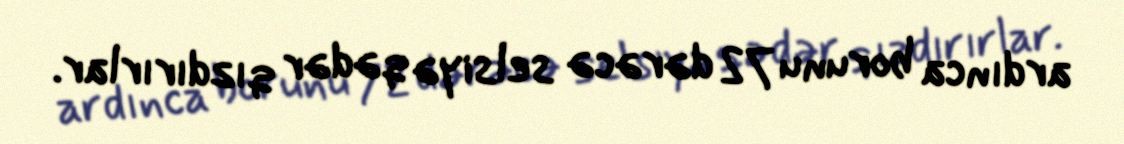
ardınca borunu 72 dərəcə selsiyə qədər qızdırırlar.